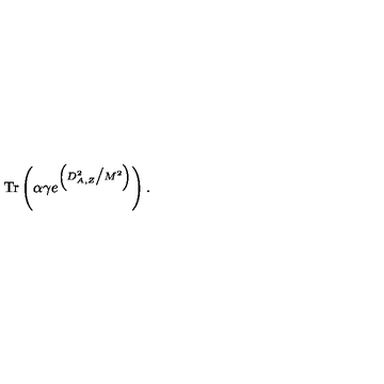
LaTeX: \mathrm { T r } \left( \alpha \gamma e ^ { \left( D _ { A , Z } ^ { 2 } \big / M ^ { 2 } \right) } \right) .